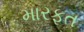
મારફત